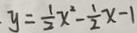
y = \frac { 1 } { 2 } x ^ { 2 } - \frac { 1 } { 2 } x - 1